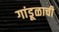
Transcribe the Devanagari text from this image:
गांडूळाची